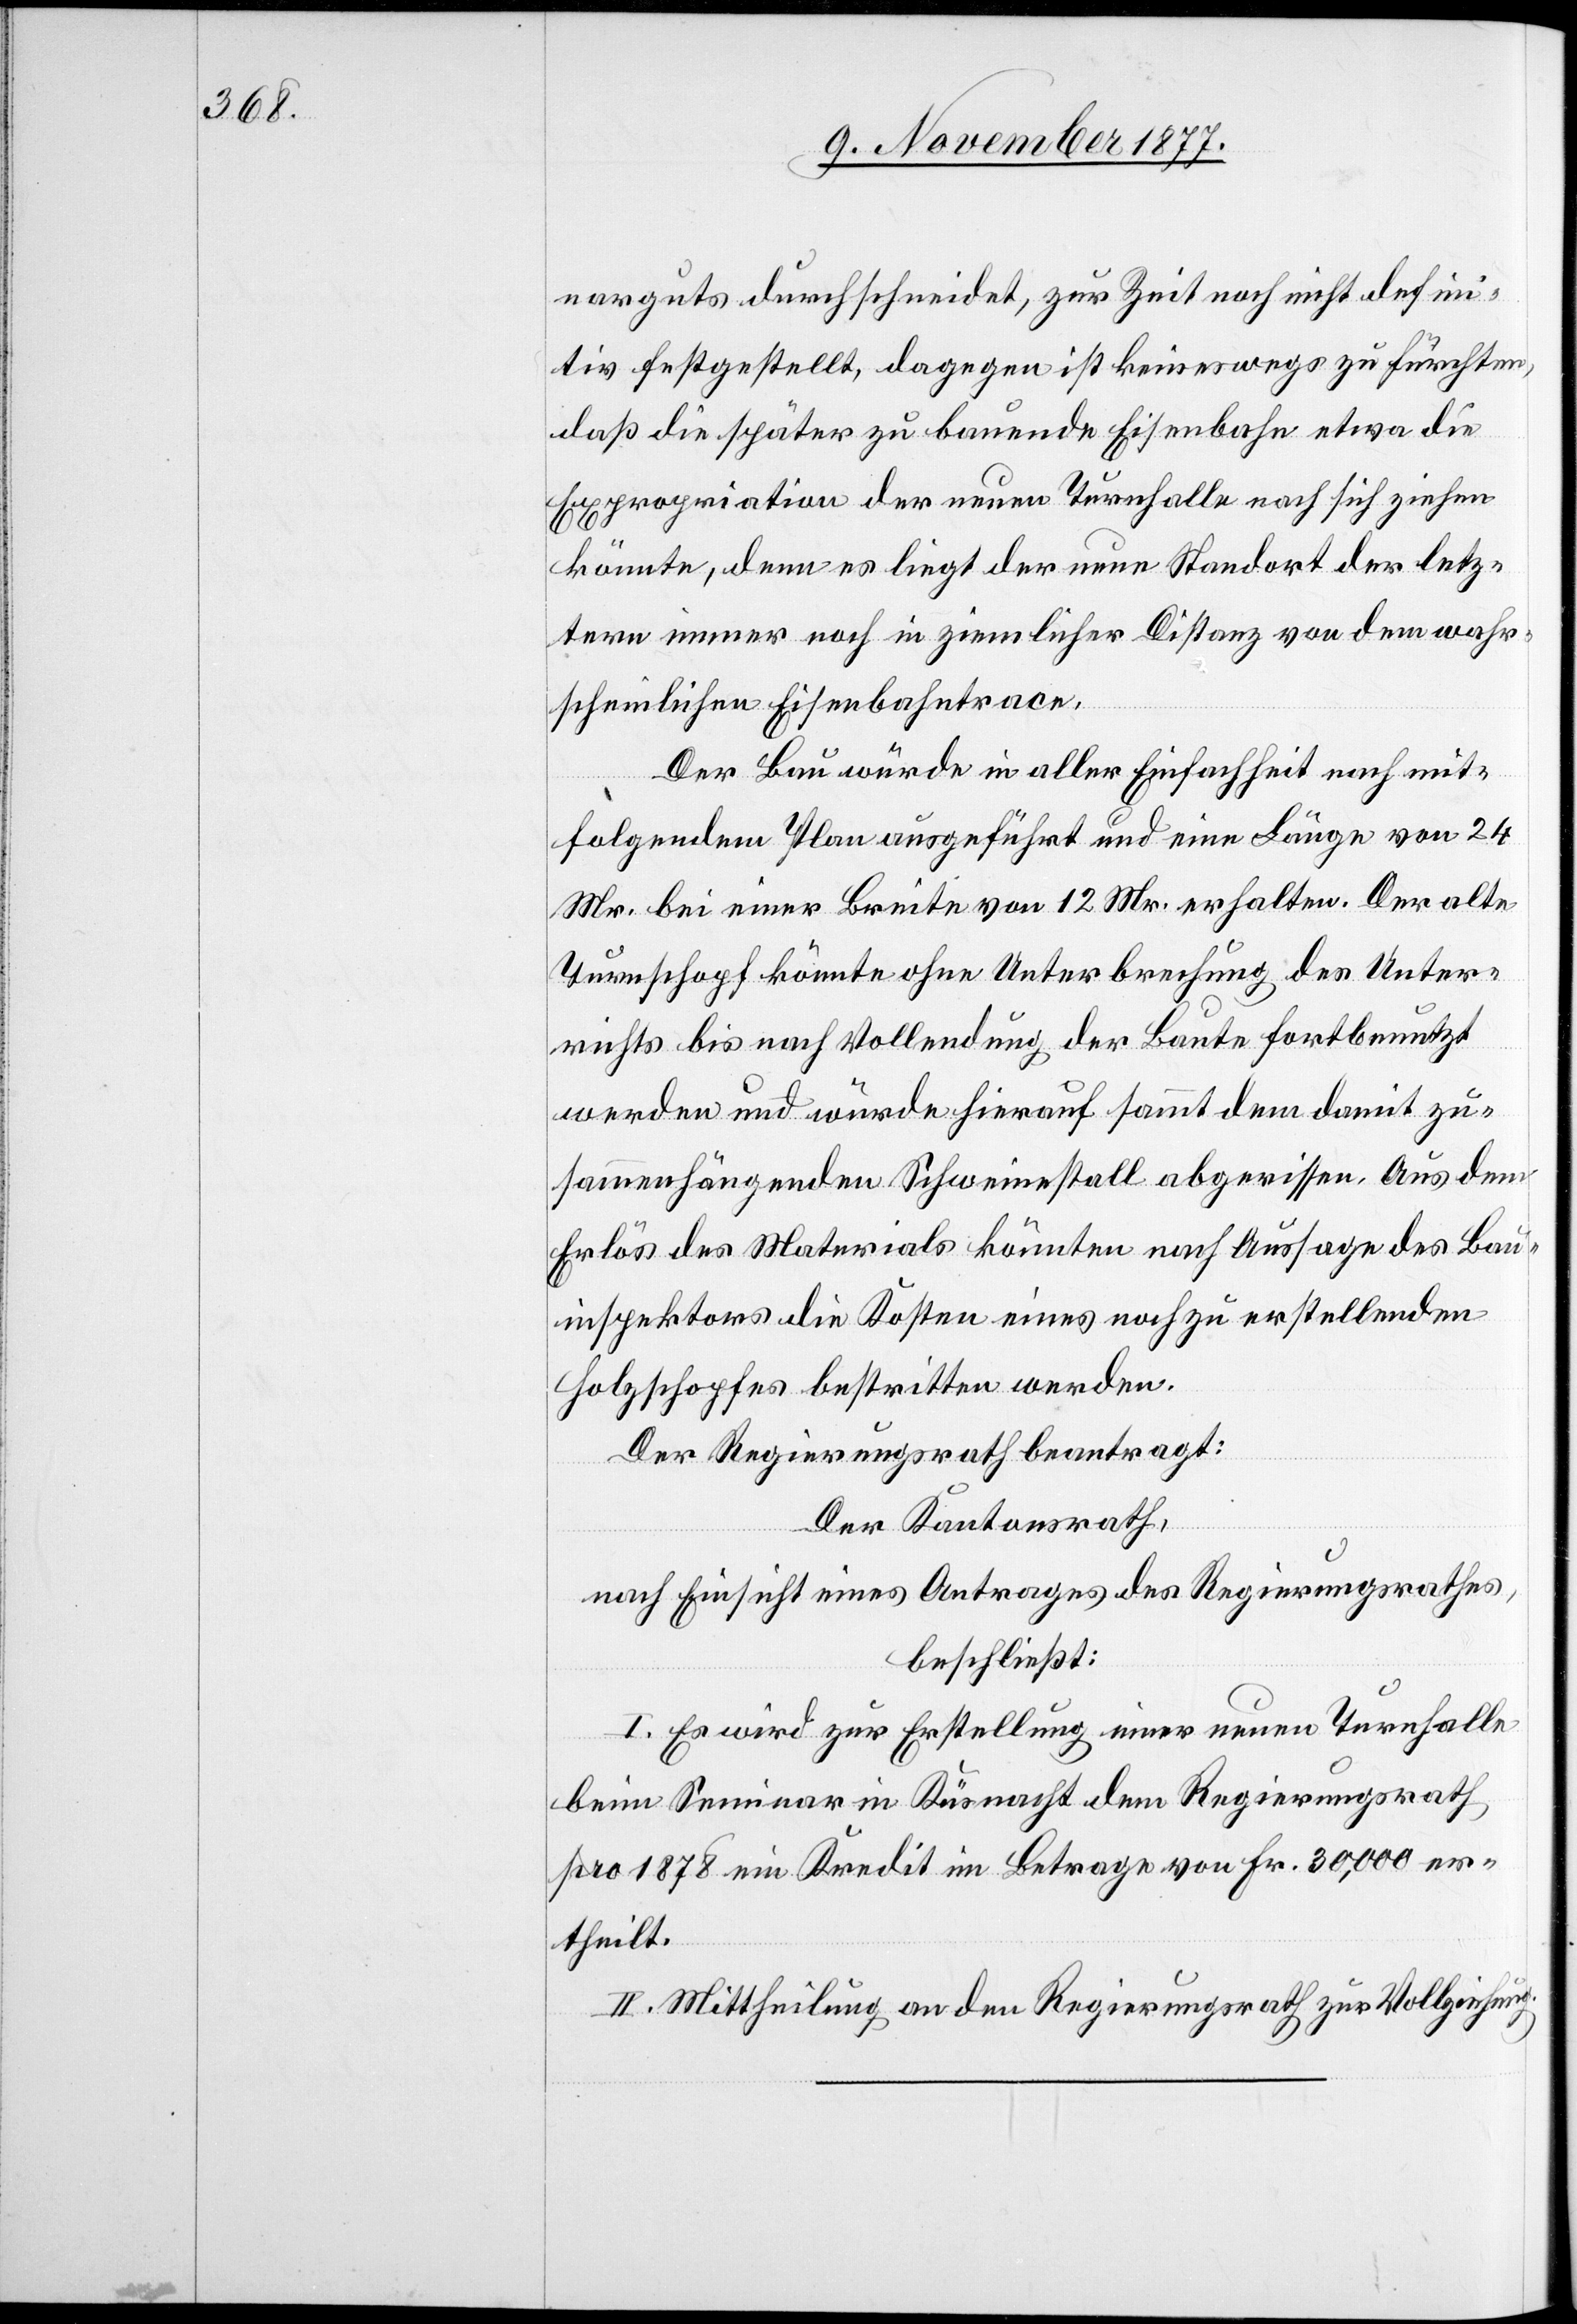
narguts durchschneidet, zur Zeit noch nicht defini¬
tiv festgestellt, dagegen ist keineswegs zu fürchten,
daß die später zu bauende Eisenbahn etwa die
Expropriation der neuen Turnhalle nach sich ziehen
könnte, denn es liegt der neue Standort der letz¬
tern immer noch in ziemlicher Distanz von dem wahr¬
scheinlichen Eisenbahntrace.
Der Bau würde in aller Einfachheit nach mit¬
folgendem Plan ausgeführt und eine Länge von 24
Mr. bei einer Breite von 12 Mr. erhalten. Der alte
Turnschopf könnte ohne Unterbrechung des Unter¬
richts bis nach Vollendung der Baute fortbenutzt
werden und würde hierauf sammt dem damit zu¬
sammenhängenden Schweinestall abgerissen. Aus dem
Erlös des Materials könnten nach Aussage des Bau¬
inspektors die Kosten eines noch zu erstellenden
Holzschopfes bestritten werden.
Der Regierungsrath beantragt:
Der Kantonsrath,
nach Einsicht eines Antrages des Regierungsrathes,
beschließt:
I. Es wird zur Erstellung einer neuen Turnhalle
beim Seminar in Küsnacht dem Regierungsrath
pro 1878 ein Kredit im Betrage von Fr. 30,000 er¬
theilt.
II. Mittheilung an den Regierungsrath zur Vollziehung.